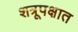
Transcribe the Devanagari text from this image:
शत्रूपक्षात